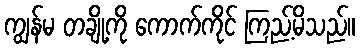
ကျွန်မ တချို့ကို ကောက်ကိုင် ကြည့်မိသည်။